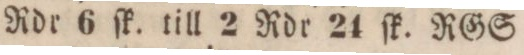
Rdr 6 ſk. till 2 Rdr 24 ſk. RGS